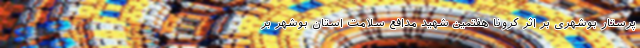
پرستار بوشهری بر اثر کرونا هفتمین شهید مدافع سلامت استان بوشهر بر